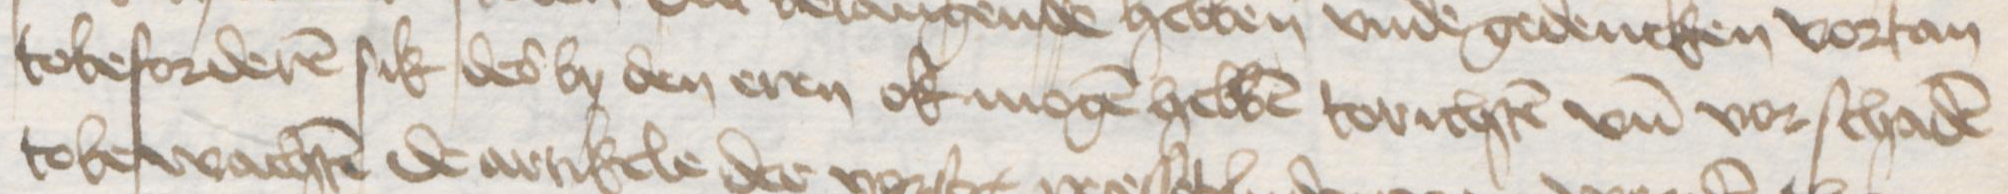
tobeforderen sik des by den eren ok mogen hebben torichten vnd vorschaden